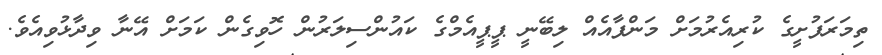
ތިމަރަފުށީގެ ކުރިއެރުމަށް މަންފާއެއް ލިބޭނީ ޕީޕީއެމްގެ ކައުންސިލަރުން ހޮވިގެން ކަމަށް އޭނާ ވިދާޅުވިއެވެ.